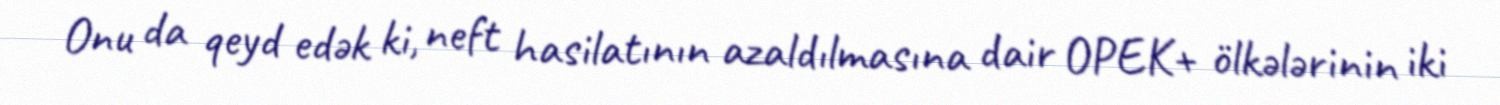
Onu da qeyd edək ki, neft hasilatının azaldılmasına dair OPEK+ ölkələrinin iki